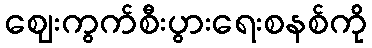
ဈေးကွက်စီးပွားရေးစနစ်ကို